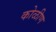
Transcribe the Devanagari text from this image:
कोळीण